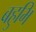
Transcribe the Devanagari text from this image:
बहुभि